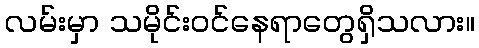
လမ်းမှာ သမိုင်းဝင်နေရာတွေရှိသလား။